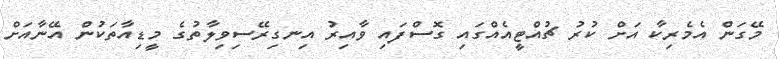
މޭގަން އެމެރިކާ އަށް ކުރު ޗުއްޓީއެއްގައި ގޮސްފައި ވާއިރު އިނގިރޭސިވިލާތުގެ މީޑިއާތަކުން އޭނާއަށް